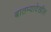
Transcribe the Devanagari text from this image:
बातम्यादेखील